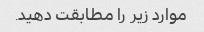
موارد زیر را مطابقت دهید.